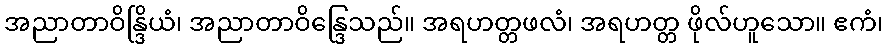
အညာတာဝိန္ဒြိယံ၊ အညာတာဝိန္ဒြေသည်။ အရဟတ္တဖလံ၊ အရဟတ္တ ဖိုလ်ဟူသော။ ဧကံ၊